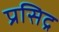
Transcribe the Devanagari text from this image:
प्रसिद्र